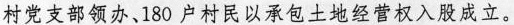
村党支部领办、180户村民以承包土地经营权入股成立。